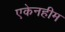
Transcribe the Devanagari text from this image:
एकेनहीम